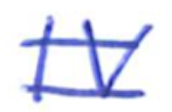
Text: IV
Cross-out: double-line
Writing tool: ballpoint